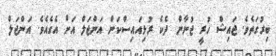
ބިރުގަތެވެ. ޖައިޝް ހުރީ ޖުނާން ދެކެ ރުޅިއައިސްކަން އަންޖަލް އަށް އެގެއެވެ. އަންޖަލް